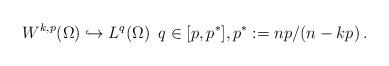
LaTeX: \begin{align*} W^{k,p}(\Omega)\hookrightarrow L^q(\Omega)\, \ q\in[p,p^*], p^*:=np/(n-kp)\,.\end{align*}